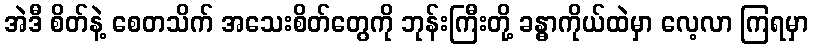
အဲဒီ စိတ်နဲ့ စေတသိက် အသေးစိတ်တွေကို ဘုန်းကြီးတို့ ခန္ဓာကိုယ်ထဲမှာ လေ့လာ ကြရမှာ